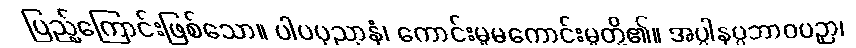
ပြည့်ကြောင်းဖြစ်သော။ ပါပပုညာနံ၊ ကောင်းမှုမကောင်းမှုတို့၏။ အပ္ပါနပ္ပဘာဝပဉှာ၊